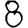
Digit: 8